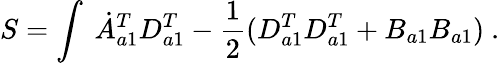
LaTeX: S=\int\ \dot{A}_{a1}^{T}D_{a1}^{T}-\frac{1}{2}(D_{a1}^{T}D_{a1}^{T}+B_{a1}B_{a1})\ .